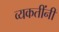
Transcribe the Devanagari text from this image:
व्यकतींनी